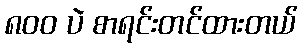
၈၀၀ ပဲ စာရင်းတင်ထားတယ်